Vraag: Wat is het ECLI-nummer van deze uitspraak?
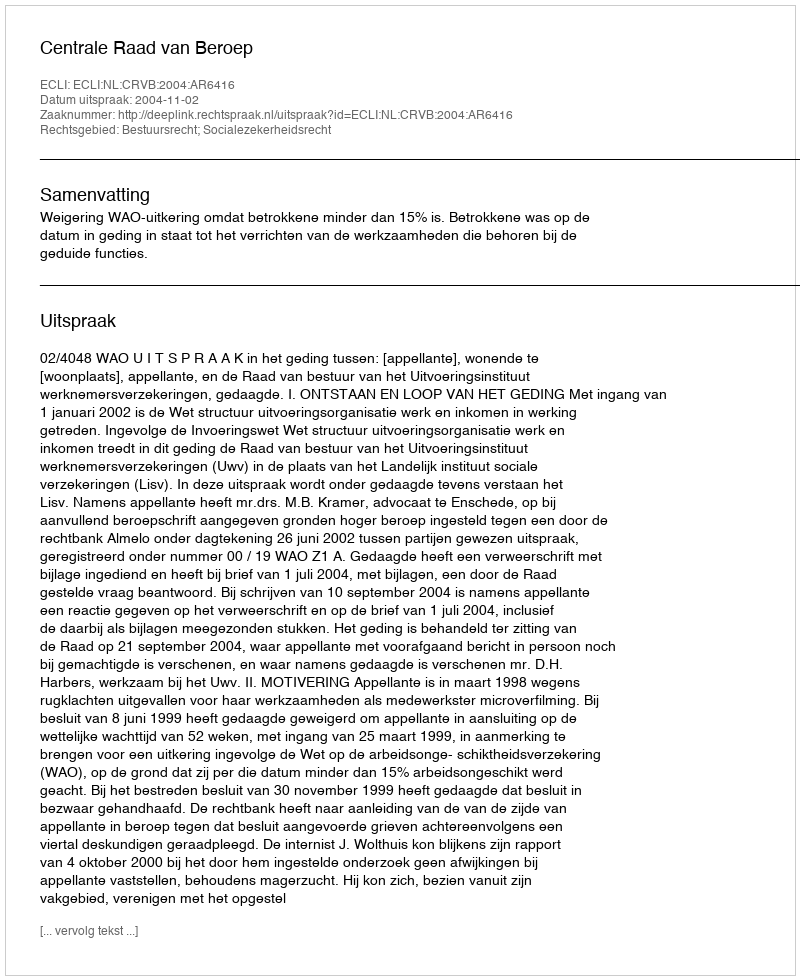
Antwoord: ECLI:NL:CRVB:2004:AR6416